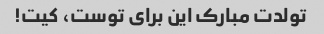
تولدت مبارک این برای توست، کیت!